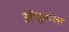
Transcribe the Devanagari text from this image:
ऑक्रूगला